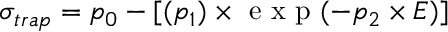
\sigma _ { t r a p } = p _ { 0 } - [ ( p _ { 1 } ) \times \mathrm { ~ e ~ x ~ p ~ } ( - p _ { 2 } \times E ) ]